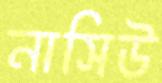
নাসিউ